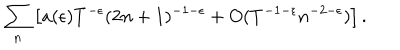
\sum _ { n } \left[ a ( \epsilon ) T ^ { - \epsilon } ( 2 n + 1 ) ^ { - 1 - \epsilon } + O ( T ^ { - 1 - \epsilon } n ^ { - 2 - \epsilon } ) \right] .